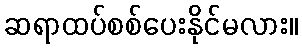
ဆရာထပ်စစ်ပေးနိုင်မလား။